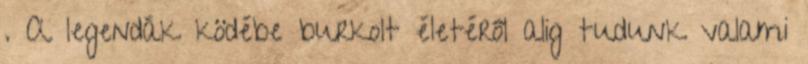
. A legendák ködébe burkolt életéről alig tudunk valami